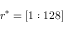
r ^ { * } = [ 1 : 1 2 8 ]